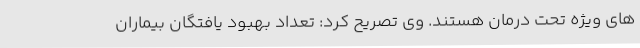
های ویژه تحت درمان هستند. وی تصریح کرد: تعداد بهبود یافتگان بیماران